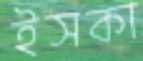
ইসকা